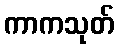
ကာကသုတ်